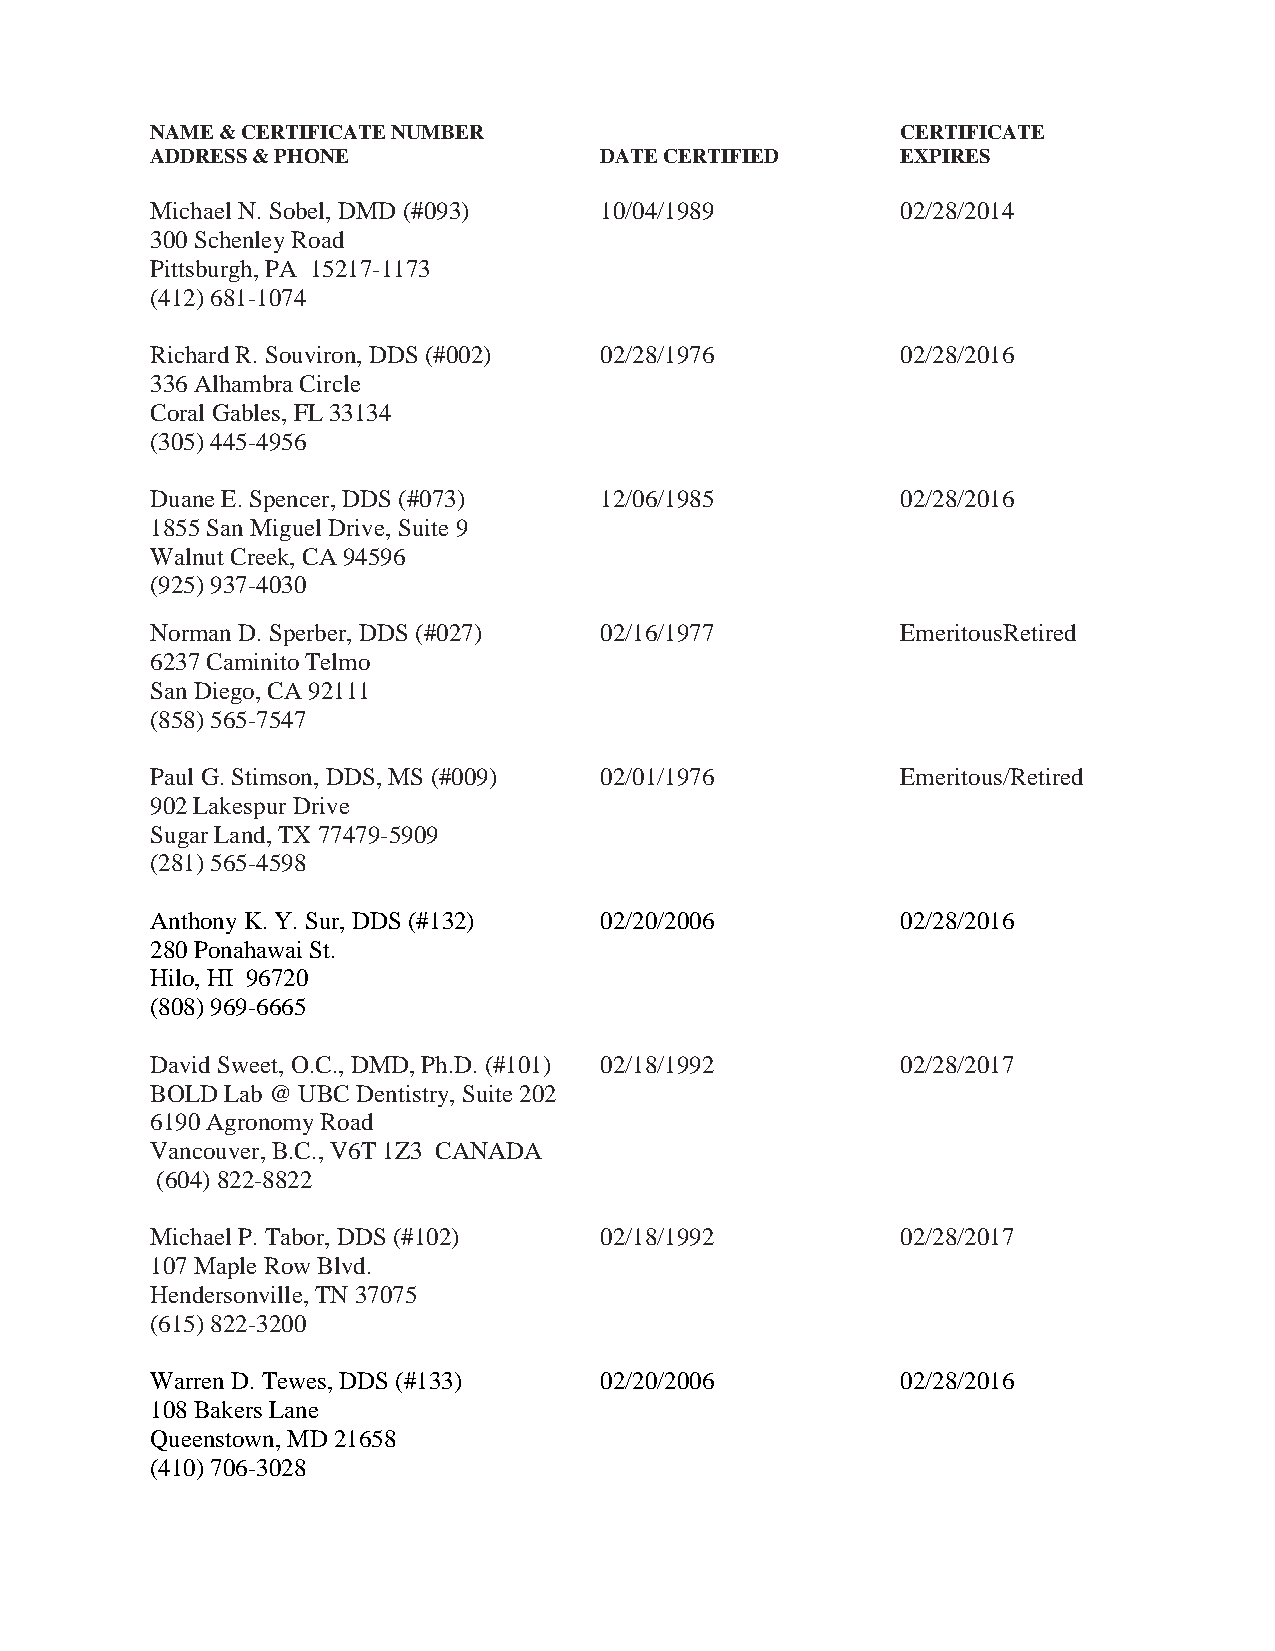
NAME & CERTIFICATE NUMBER                         CERTIFICATE
 ADDRESS & PHONE               DATE CERTIFIED      EXPIRES
 Michael N. Sobel, DMD (#093)  10/04/1989          02/28/2014
 300 Schenley Road
 Pittsburgh, PA 15217-1173
 (412) 681-1074
 Richard R. Souviron, DDS (#002) 02/28/1976        02/28/2016
 336 Alhambra Circle
 Coral Gables, FL 33134
 (305) 445-4956
 Duane E. Spencer, DDS (#073)  12/06/1985          02/28/2016
 1855 San Miguel Drive, Suite 9
 Walnut Creek, CA 94596
 (925) 937-4030
 Norman D. Sperber, DDS (#027) 02/16/1977          EmeritousRetired
 6237 Caminito Telmo
 San Diego, CA 92111
 (858) 565-7547
 Paul G. Stimson, DDS, MS (#009) 02/01/1976        Emeritous/Retired
 902 Lakespur Drive
 Sugar Land, TX 77479-5909
 (281) 565-4598
 Anthony K. Y. Sur, DDS (#132) 02/20/2006          02/28/2016
 280 Ponahawai St.
 Hilo, HI 96720
 (808) 969-6665
 David Sweet, O.C., DMD, Ph.D. (#101) 02/18/1992   02/28/2017
 BOLD Lab @ UBC Dentistry, Suite 202
 6190 Agronomy Road
 Vancouver, B.C., V6T 1Z3 CANADA
 (604) 822-8822
 Michael P. Tabor, DDS (#102)  02/18/1992          02/28/2017
 107 Maple Row Blvd.
 Hendersonville, TN 37075
 (615) 822-3200
 Warren D. Tewes, DDS (#133)   02/20/2006          02/28/2016
 108 Bakers Lane
 Queenstown, MD 21658
 (410) 706-3028